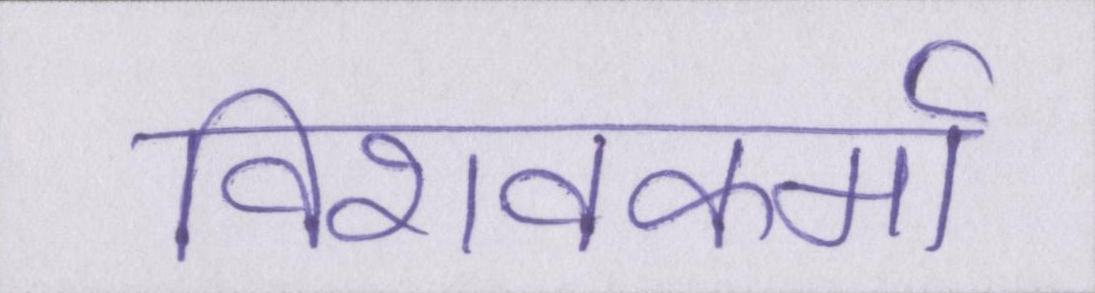
विशवकर्मा